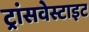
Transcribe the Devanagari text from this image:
ट्रांसवेस्टाइट